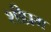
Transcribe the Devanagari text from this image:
शीघ्रम